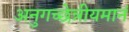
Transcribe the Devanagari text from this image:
अनुगच्छेन्नीयमानं